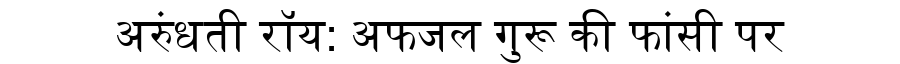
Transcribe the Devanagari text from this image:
अरुंधती रॉय: अफजल गुरू की फांसी पर